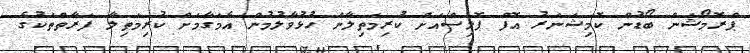
ޕްރޮމޯޝަން ބޯޑުން ކޮމިޝަނަރު އޮފް ޕޮލިސްއަށް ކުރިމަތިލާން ހުޅުވާލުމުން އެމަގާމަށް ކުރިމަތިލާ ފަރާތްތަކުގެ